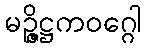
မဉ္ဇိဋ္ဌကဝဂ္ဂေါ